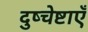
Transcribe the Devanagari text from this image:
दुष्चेष्टाएँ